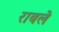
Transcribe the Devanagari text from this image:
राबले